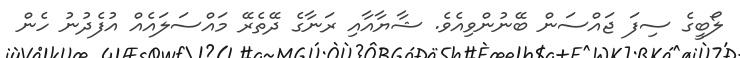
ލޯބީގެ ސިފަ ޖައްސަން ބޭނުންވިއެވެ. ޝާޔާއާއި ރަނާގެ ދޭތެރޭ މައްސަލައެއް އުފެދުނު ހެން